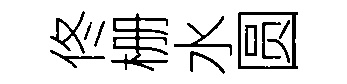
佟栅水圆